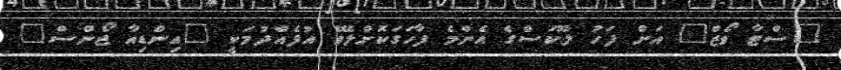
"ސްޓާ ވޯޒް" އަށް ފަހު ލޫކަސްގެ އެންމެ ފާހަގަކޮށްލެވޭ އުފެއްދުމަކީ "އިންޑިއާ ޖޯންސް"